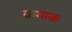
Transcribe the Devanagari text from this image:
क्रमाक